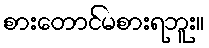
စားတောင်မစားရဘူး။